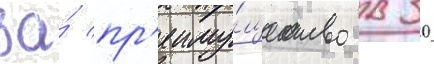
за́ пр'еиму́щество в 30